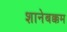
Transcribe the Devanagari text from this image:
शानेबक्कम